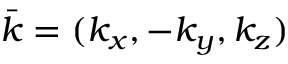
\bar { \boldsymbol { k } } = ( k _ { x } , - k _ { y } , k _ { z } )